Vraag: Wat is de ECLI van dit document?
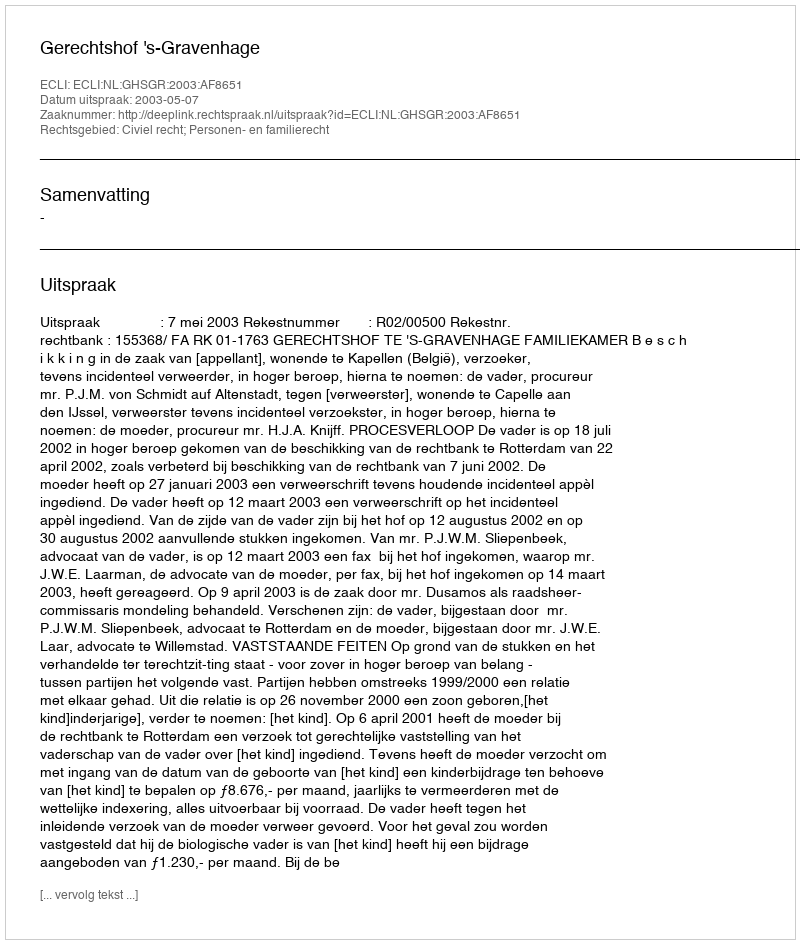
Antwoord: ECLI:NL:GHSGR:2003:AF8651